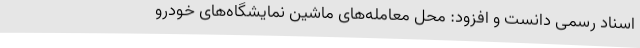
اسناد رسمی دانست و افزود: محل معامله‌های ماشین نمایشگاه‌های خودرو